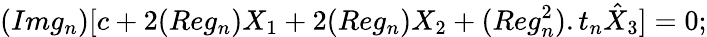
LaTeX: (Img_{n})[c+2(Reg_{n})X_{1}+2(Reg_{n})X_{2}+(Reg_{n}^{2}).t_{n}\hat{X}_{3}]=0;